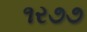
૧ર૭૭